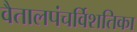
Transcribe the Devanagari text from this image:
वैतालपंचर्विशतिका